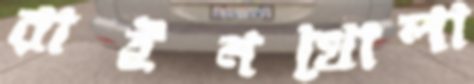
রাইনখোলা